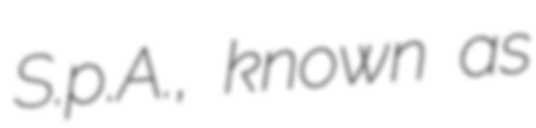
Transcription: S.p.A., known as